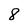
Character: 8